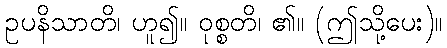
ဥပနိသာတိ၊ ဟူ၍။ ဝုစ္စတိ၊ ၏။ (ဤသို့ပေး)။